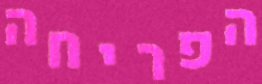
הפריחה